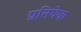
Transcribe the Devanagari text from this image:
प्रतियेक